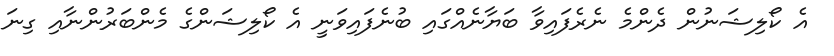
އެ ކޯލިޝަނުން ދެންމެ ނެރެފައިވާ ބަޔާނެއްގައި ބުނެފައިވަނީ އެ ކޯލިޝަންގެ މެންބަރުންނާއި ގިނަ